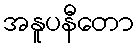
အနူပနီတော